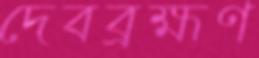
দেবব্রহ্মণ